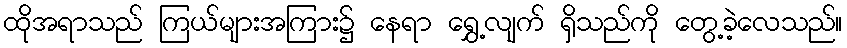
ထိုအရာသည် ကြယ်များအကြား၌ နေရာ ရွှေ့လျက် ရှိသည်ကို တွေ့ခဲ့လေသည်။